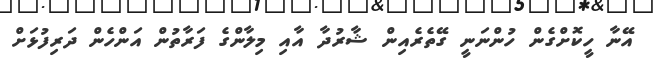
އޭނާ ހީކޮށްގެން ހުންނަނީ ގޭތެރެއިން ޝާރުދާ އާއި މިލާންގެ ފަރާތުން އަންހެން ދަރިފުޅަށް